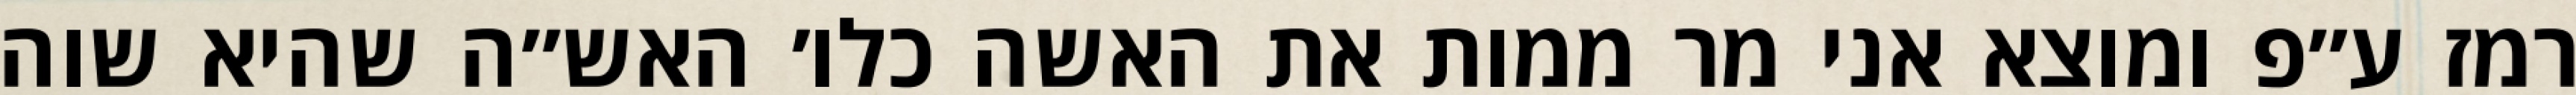
רמז ע״פ ומוצא אני מר ממות את האשה כלו׳ האש״ה שהיא שוה